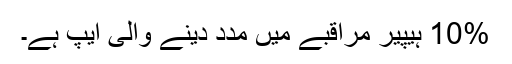
10% ہیپیر مراقبے میں مدد دینے والی ایپ ہے۔